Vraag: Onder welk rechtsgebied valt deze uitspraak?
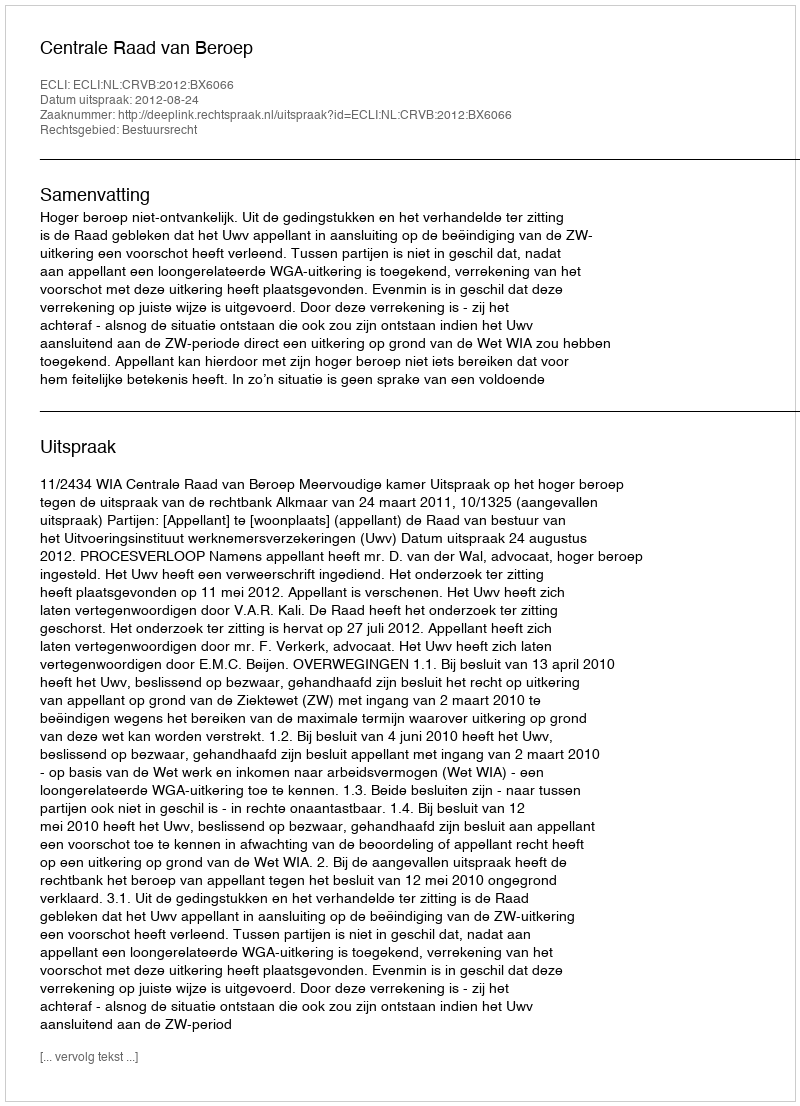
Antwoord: Bestuursrecht